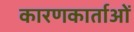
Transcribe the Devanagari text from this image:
कारणकार्ताओं